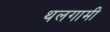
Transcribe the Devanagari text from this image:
थलगामी